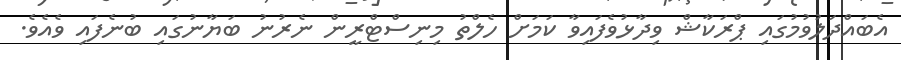
އެބައްދަލުވުމުގައި ޕްރަކާޝް ވިދާޅުވެފައިވާ ކަމަށް ހެލްތު މިނިސްޓްރީން ނެރުނު ބަޔާނުގައި ބުނެފައި ވެއެވެ.